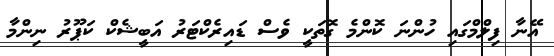
އޭނާ ފިލްމްގައި ހުންނަ ކޮންމެ ގޮތަކީ ވެސް ޑައިރެކްޓަރު އަބީޝެކް ކަޕޫރު ނިންމާ